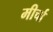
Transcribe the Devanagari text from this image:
मीर्चा